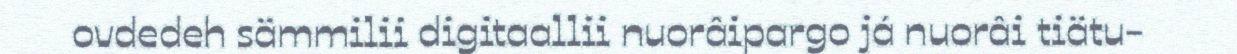
ovdedeh sämmilii digitaallii nuorâipargo já nuorâi tiätu-